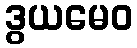
ဒွယမေဝ